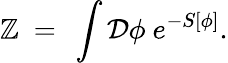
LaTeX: \mathbb{Z}\ =\ \int\mathcal{{D}}\phi\ e^{-S[\phi]}.